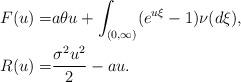
LaTeX: \begin{align*}F(u)=&a\theta u+\int_{(0,\infty)}(e^{u\xi}-1)\nu(d\xi), \\R(u)=&\frac{\sigma^2u^2}{2}-au.\end{align*}